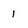
Character: 1